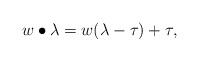
LaTeX: \begin{align*}w\bullet \lambda=w(\lambda-\tau)+\tau,\end{align*}